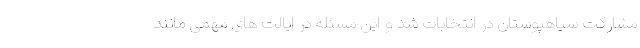
مشارکت سیاهپوستان در انتخابات شد و این مسئله در ایالت های مهمی مانند